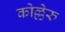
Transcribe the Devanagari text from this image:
कोल्लेरु